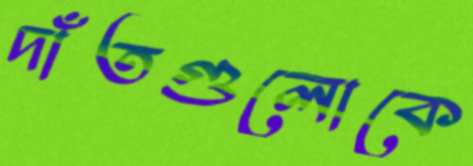
দাঁতগুলোকে